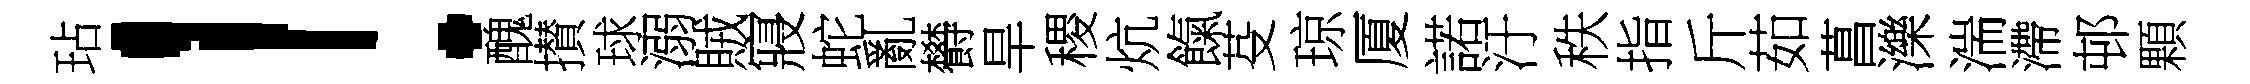
玷！醜攅球溺賊寢蛇亂欎旱稷炕餼芟琼厦諾汙秩指斤茹菖濼湍滯邨顆